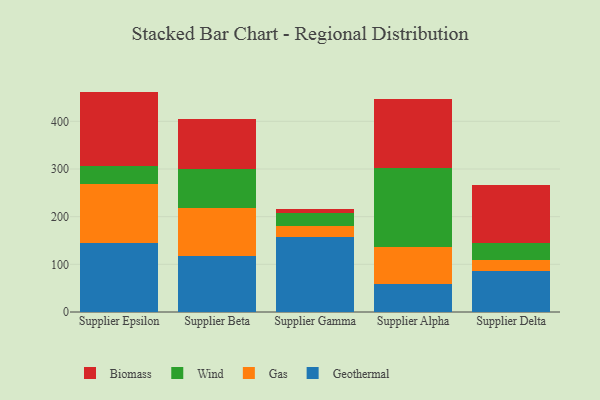
{"axis": {"x": "Supplier", "y": "Inventory Turnover"}, "legend": ["Biomass", "Gas", "Geothermal", "Wind"], "data": [{"x": "Supplier Epsilon", "y": 144.8, "type": "Geothermal"}, {"x": "Supplier Epsilon", "y": 124.6, "type": "Gas"}, {"x": "Supplier Epsilon", "y": 36.0, "type": "Wind"}, {"x": "Supplier Epsilon", "y": 157.0, "type": "Biomass"}, {"x": "Supplier Beta", "y": 118.2, "type": "Geothermal"}, {"x": "Supplier Beta", "y": 100.6, "type": "Gas"}, {"x": "Supplier Beta", "y": 81.4, "type": "Wind"}, {"x": "Supplier Beta", "y": 104.7, "type": "Biomass"}, {"x": "Supplier Gamma", "y": 158.0, "type": "Geothermal"}, {"x": "Supplier Gamma", "y": 21.6, "type": "Gas"}, {"x": "Supplier Gamma", "y": 28.7, "type": "Wind"}, {"x": "Supplier Gamma", "y": 8.3, "type": "Biomass"}, {"x": "Supplier Alpha", "y": 58.2, "type": "Geothermal"}, {"x": "Supplier Alpha", "y": 78.8, "type": "Gas"}, {"x": "Supplier Alpha", "y": 165.6, "type": "Wind"}, {"x": "Supplier Alpha", "y": 143.8, "type": "Biomass"}, {"x": "Supplier Delta", "y": 85.5, "type": "Geothermal"}, {"x": "Supplier Delta", "y": 24.5, "type": "Gas"}, {"x": "Supplier Delta", "y": 35.7, "type": "Wind"}, {"x": "Supplier Delta", "y": 121.3, "type": "Biomass"}]}